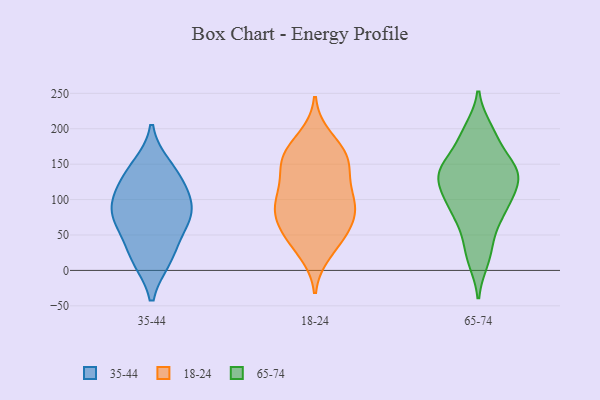
{"axis": {"x": "Humidity (%)", "y": "Value"}, "legend": ["18-24", "35-44", "65-74"], "data": [{"x": "", "y": 95, "type": "35-44"}, {"x": "", "y": 17, "type": "35-44"}, {"x": "", "y": 146, "type": "35-44"}, {"x": "", "y": 121, "type": "35-44"}, {"x": "", "y": 82, "type": "35-44"}, {"x": "", "y": 133, "type": "35-44"}, {"x": "", "y": 52, "type": "35-44"}, {"x": "", "y": 80, "type": "35-44"}, {"x": "", "y": 79, "type": "35-44"}, {"x": "", "y": 17, "type": "35-44"}, {"x": "", "y": 150, "type": "18-24"}, {"x": "", "y": 100, "type": "18-24"}, {"x": "", "y": 132, "type": "18-24"}, {"x": "", "y": 76, "type": "18-24"}, {"x": "", "y": 168, "type": "18-24"}, {"x": "", "y": 71, "type": "18-24"}, {"x": "", "y": 110, "type": "18-24"}, {"x": "", "y": 165, "type": "18-24"}, {"x": "", "y": 39, "type": "18-24"}, {"x": "", "y": 155, "type": "18-24"}, {"x": "", "y": 95, "type": "18-24"}, {"x": "", "y": 91, "type": "18-24"}, {"x": "", "y": 187, "type": "18-24"}, {"x": "", "y": 152, "type": "18-24"}, {"x": "", "y": 26, "type": "18-24"}, {"x": "", "y": 90, "type": "18-24"}, {"x": "", "y": 51, "type": "18-24"}, {"x": "", "y": 54, "type": "18-24"}, {"x": "", "y": 123, "type": "65-74"}, {"x": "", "y": 143, "type": "65-74"}, {"x": "", "y": 79, "type": "65-74"}, {"x": "", "y": 121, "type": "65-74"}, {"x": "", "y": 145, "type": "65-74"}, {"x": "", "y": 191, "type": "65-74"}, {"x": "", "y": 98, "type": "65-74"}, {"x": "", "y": 142, "type": "65-74"}, {"x": "", "y": 147, "type": "65-74"}, {"x": "", "y": 81, "type": "65-74"}, {"x": "", "y": 198, "type": "65-74"}, {"x": "", "y": 15, "type": "65-74"}, {"x": "", "y": 49, "type": "65-74"}, {"x": "", "y": 136, "type": "65-74"}, {"x": "", "y": 139, "type": "65-74"}, {"x": "", "y": 187, "type": "65-74"}, {"x": "", "y": 23, "type": "65-74"}, {"x": "", "y": 85, "type": "65-74"}, {"x": "", "y": 106, "type": "65-74"}]}